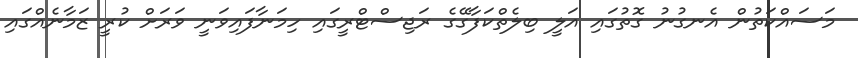
މަސައްކަތުން އެނގުނު ގޮތުގައި އަލީ ބިލެތްކަފާގޭގެ ރަޖިސްޓްރީގައި ހިމަނާފައިވަނީ ވަރަށް ކުރީ ޒަމާނެއްގައި